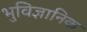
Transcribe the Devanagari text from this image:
भुविज्ञानिक